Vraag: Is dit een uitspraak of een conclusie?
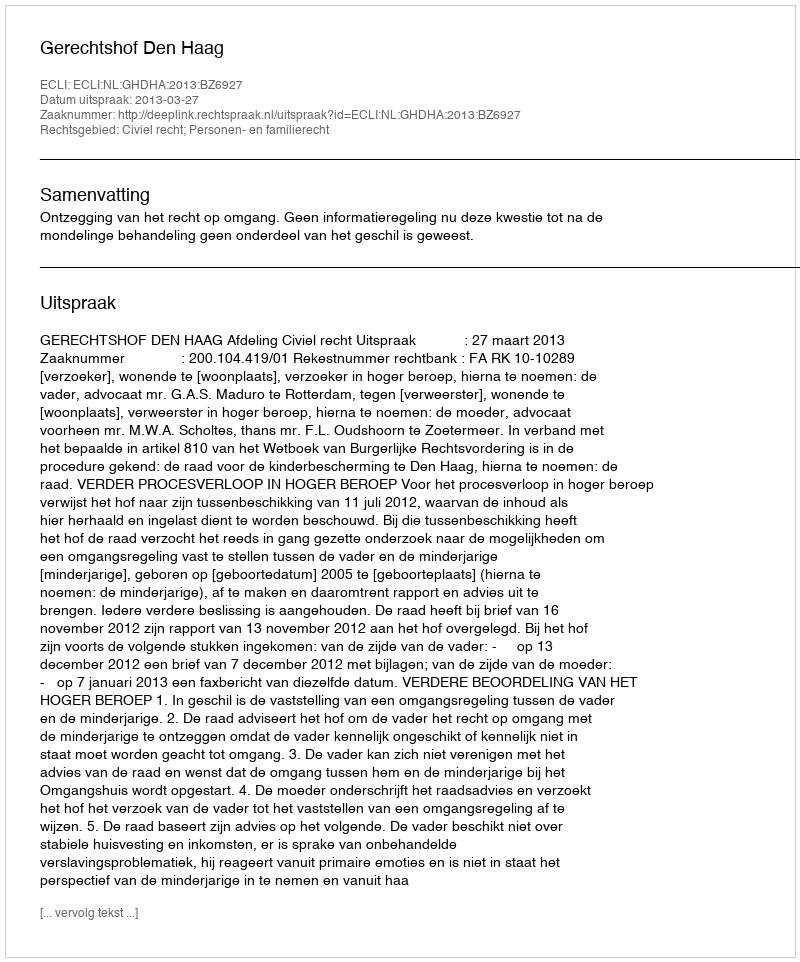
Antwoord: Uitspraak